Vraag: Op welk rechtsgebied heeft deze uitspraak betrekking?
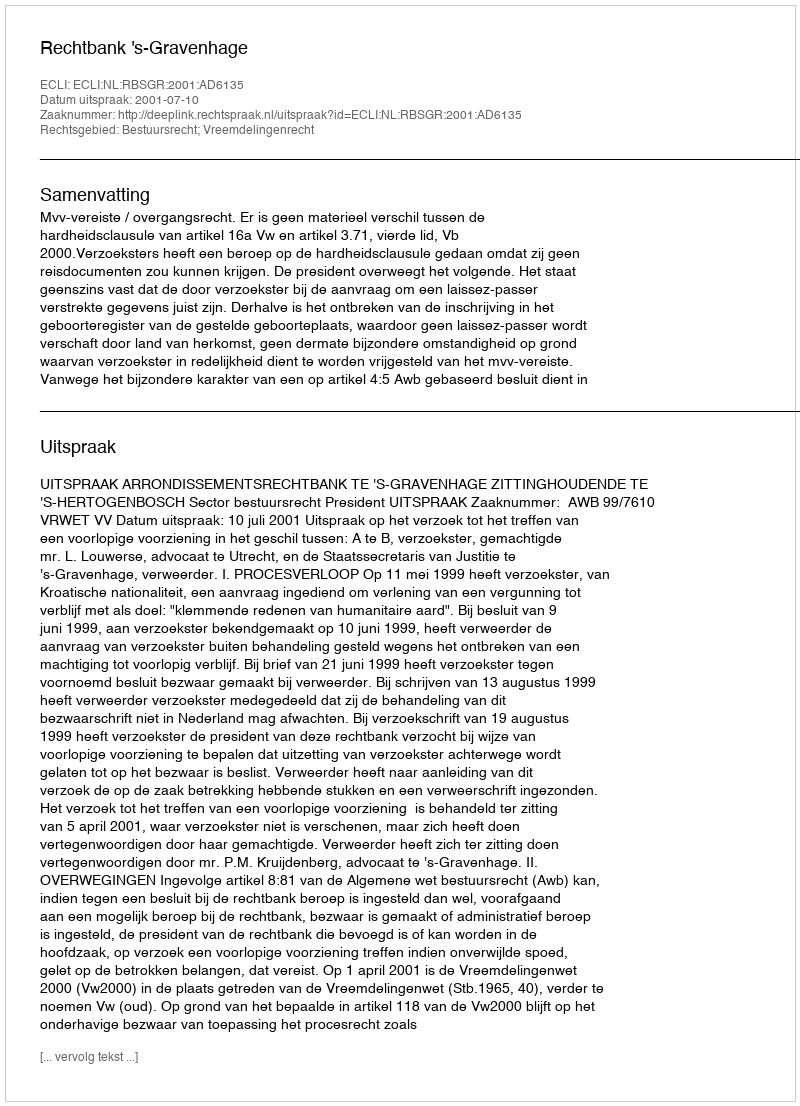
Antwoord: Bestuursrecht; Vreemdelingenrecht